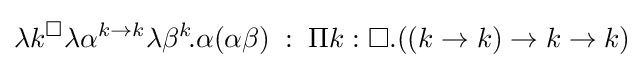
\lambda k^{\square }\lambda \alpha ^{k\to k}\lambda \beta ^{k}\!.\alpha (\alpha \beta )\;:\;\Pi k:\square .((k\to k)\to k\to k)